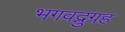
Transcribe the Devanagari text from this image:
भगवद्नुग्रह